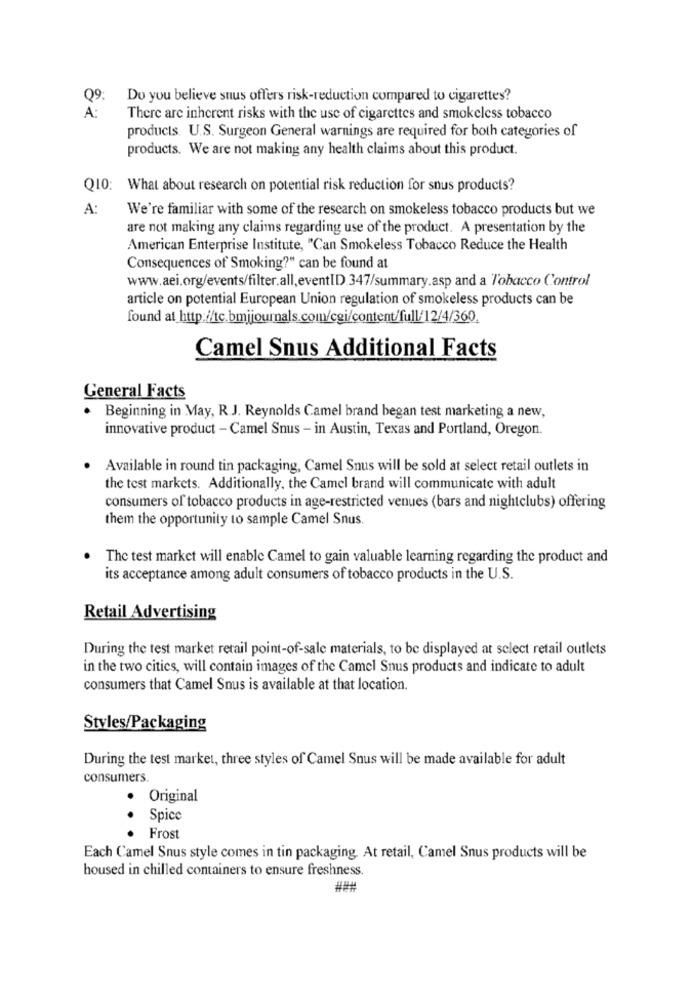
Q9:
Do you believe snus offers risk-reduction compared to cigarettes?
A :
There are inherent risks with the use of cigarettes and smokeless tobacco
products. U.S. Surgeon General warnings are required for both categories of
products. We are not making any health claims about this product.
Q10: What about research on potential risk reduction for snus products?
A:
We're familiar with some of the research on smokeless tobacco products but we
are not making any claims regarding use of the product. A presentation by the
American Enterprise Institute, "Can Smokeless Tobacco Reduce the Health
Consequences of Smoking?" can be found at
www.aei.org/events/filter.all,eventID.347/summary.asp and a Tobacco Control
article on potential European Union regulation of smokeless products can be
found at http://tc.bmjjournals.com/cgi/content/full/12/4/360.
Camel Snus Additional Facts
General Facts
· Beginning in May, R J. Reynolds Camel brand began test marketing a new,
innovative product - Camel Snus - in Austin, Texas and Portland, Oregon.
· Available in round tin packaging, Camel Snus will be sold at select retail outlets in
the test markets. Additionally, the Camel brand will communicate with adult
consumers of tobacco products in age-restricted venues (bars and nightclubs) offering
them the opportunity to sample Camel Snus.
The test market will enable Camel to gain valuable learning regarding the product and
its acceptance among adult consumers of tobacco products in the U.S.
Retail Advertising
During the test market retail point-of-sale materials, to be displayed at select retail outlets
in the two cities, will contain images of the Camel Snus products and indicate to adult
consumers that Camel Snus is available at that location.
Styles/Packaging
During the test market, three styles of Camel Snus will be made available for adult
consumers.
· Original
Spice
· Frost
Each Camel Snus style comes in tin packaging. At retail, Camel Snus products will be
housed in chilled containers to ensure freshness.
###